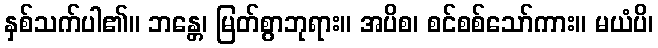
နှစ်သက်ပါ၏။ ဘန္တေ၊ မြတ်စွာဘုရား။ အပိစ၊ စင်စစ်သော်ကား။ မယံပိ၊